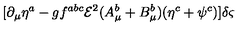
[ \partial _ { \mu } \eta ^ { a } - g f ^ { a b c } { \mathcal { E } } ^ { 2 } ( A _ { \mu } ^ { b } + B _ { \mu } ^ { b } ) ( \eta ^ { c } + \psi ^ { c } ) ] \delta \varsigma